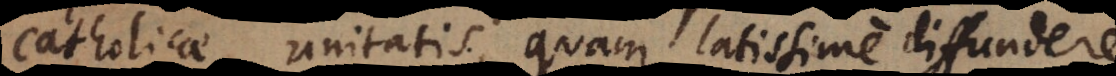
catholicae unitatis, quam latissime diffundere